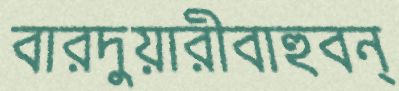
বারদুয়ারীবাহুবন্